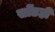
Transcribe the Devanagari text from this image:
सोंडही